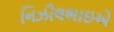
નિઝીલભાઇએ